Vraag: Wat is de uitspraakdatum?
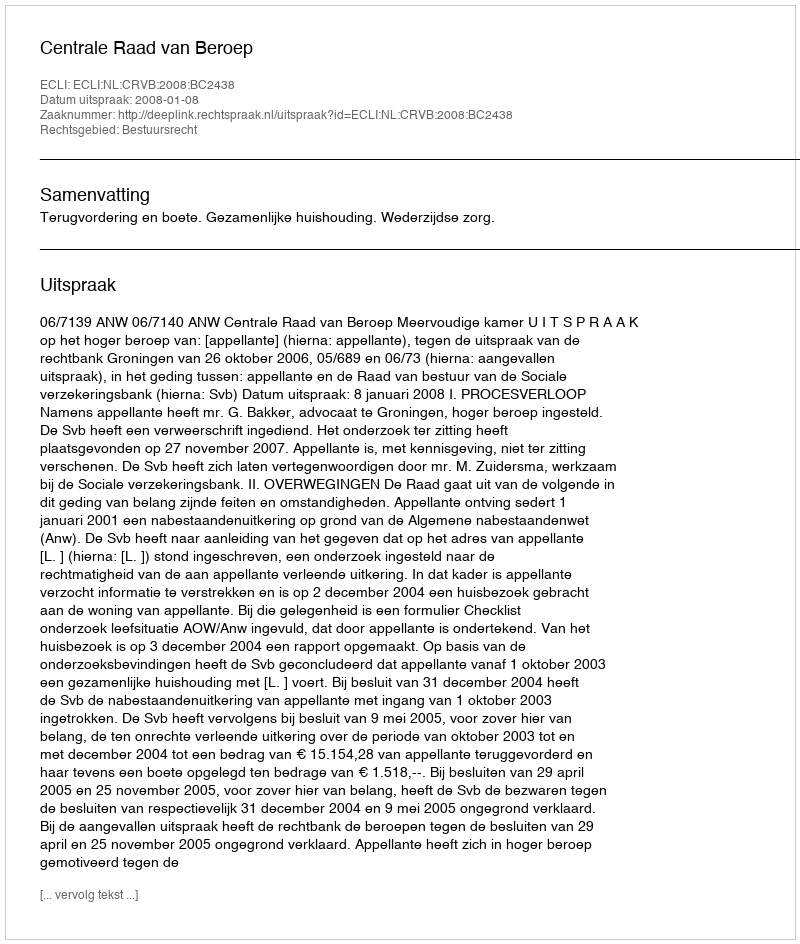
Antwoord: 2008-01-08